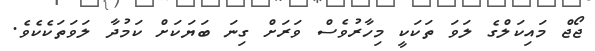
ޖޯޖް މައިކަލްގެ ލަވަ ތަކަކީ މިހާރުވެސް ވަރަށް ގިނަ ބަޔަކަށް ކަމުދާ ލަވަތަކެކެވެ.